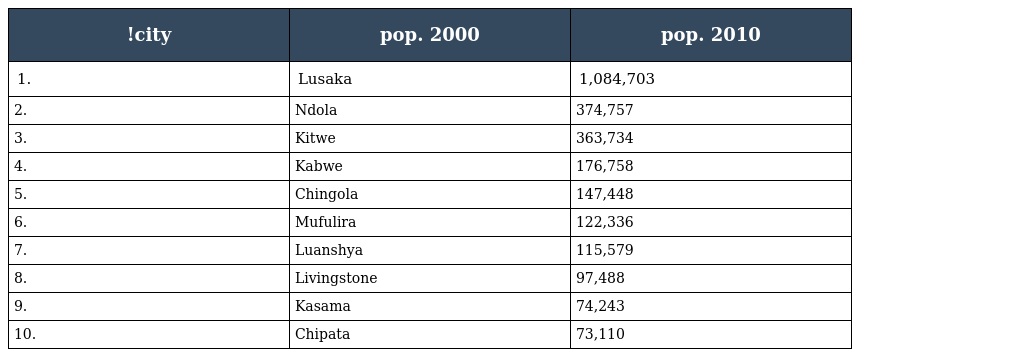
| !city | pop. 2000 | pop. 2010 |
 | --- | --- | --- |
 | 1. | Lusaka | 1,084,703 |
 | 2. | Ndola | 374,757 |
 | 3. | Kitwe | 363,734 |
 | 4. | Kabwe | 176,758 |
 | 5. | Chingola | 147,448 |
 | 6. | Mufulira | 122,336 |
 | 7. | Luanshya | 115,579 |
 | 8. | Livingstone | 97,488 |
 | 9. | Kasama | 74,243 |
 | 10. | Chipata | 73,110 |